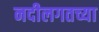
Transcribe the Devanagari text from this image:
नदीलगतच्या